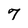
Character: 7